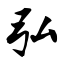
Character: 弘